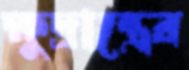
ক্ষুদ্রান্ত্রের